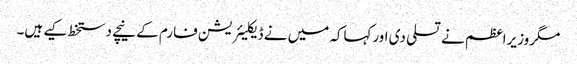
مگروزیراعظم نے تسلی دی اورکہاکہ میں نے ڈیکلیئریشن فارم کے نیچے دستخط کیے ہیں۔